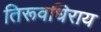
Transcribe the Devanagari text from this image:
तिरूवधिराय